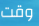
وقت